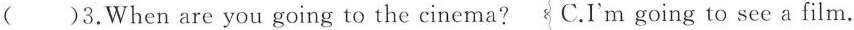
()3.When are you going to the cinema? C.I'm going to see a film.